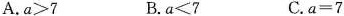
A.$$a > 7 B.$$a ＜ 7$$ C.$$a = 7$$